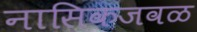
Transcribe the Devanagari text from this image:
नासिकजवळ